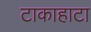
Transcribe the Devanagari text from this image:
टाकाहाटा